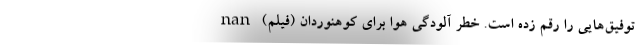
توفیق‌هایی را رقم زده است. خطر آلودگی هوا برای کوهنوردان (فیلم) nan